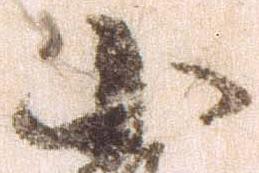
小